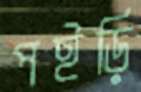
পইড়ি